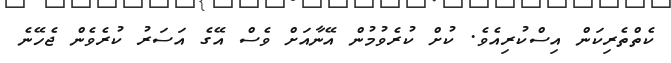
ކެތްތެރިކަން އިސްކުރިއެވެ. ކުށް ކުރެވުމުން އޭނާއަށް ވެސް އޭގެ އަސަރު ކުރެވެން ޖެހޭނެ